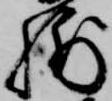
輔